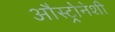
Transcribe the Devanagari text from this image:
औस्ट्रोनेशी